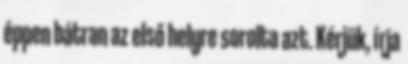
éppen bátran az első helyre sorolta azt. Kérjük, írja